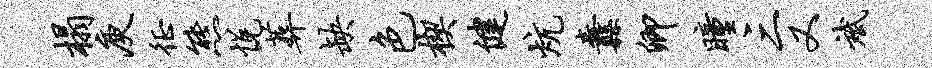
榻庾徵熊悦葬缺色楔健炕纛卿瞳三又斌